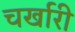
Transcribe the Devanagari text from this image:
चर्खारी